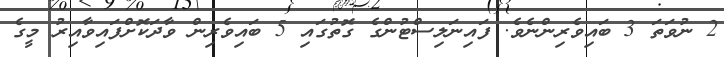
2 ނުވަތަ 3 ބައިވެރިންނެވެ. ފައިނަލިސްޓުންގެ ގޮތުގައި 5 ބައިވެރިން ވާދަކޮށްފައިވާއިރު މީގެ